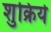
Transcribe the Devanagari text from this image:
शुक्रिये